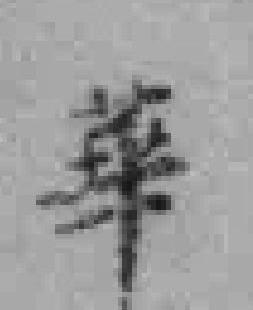
華